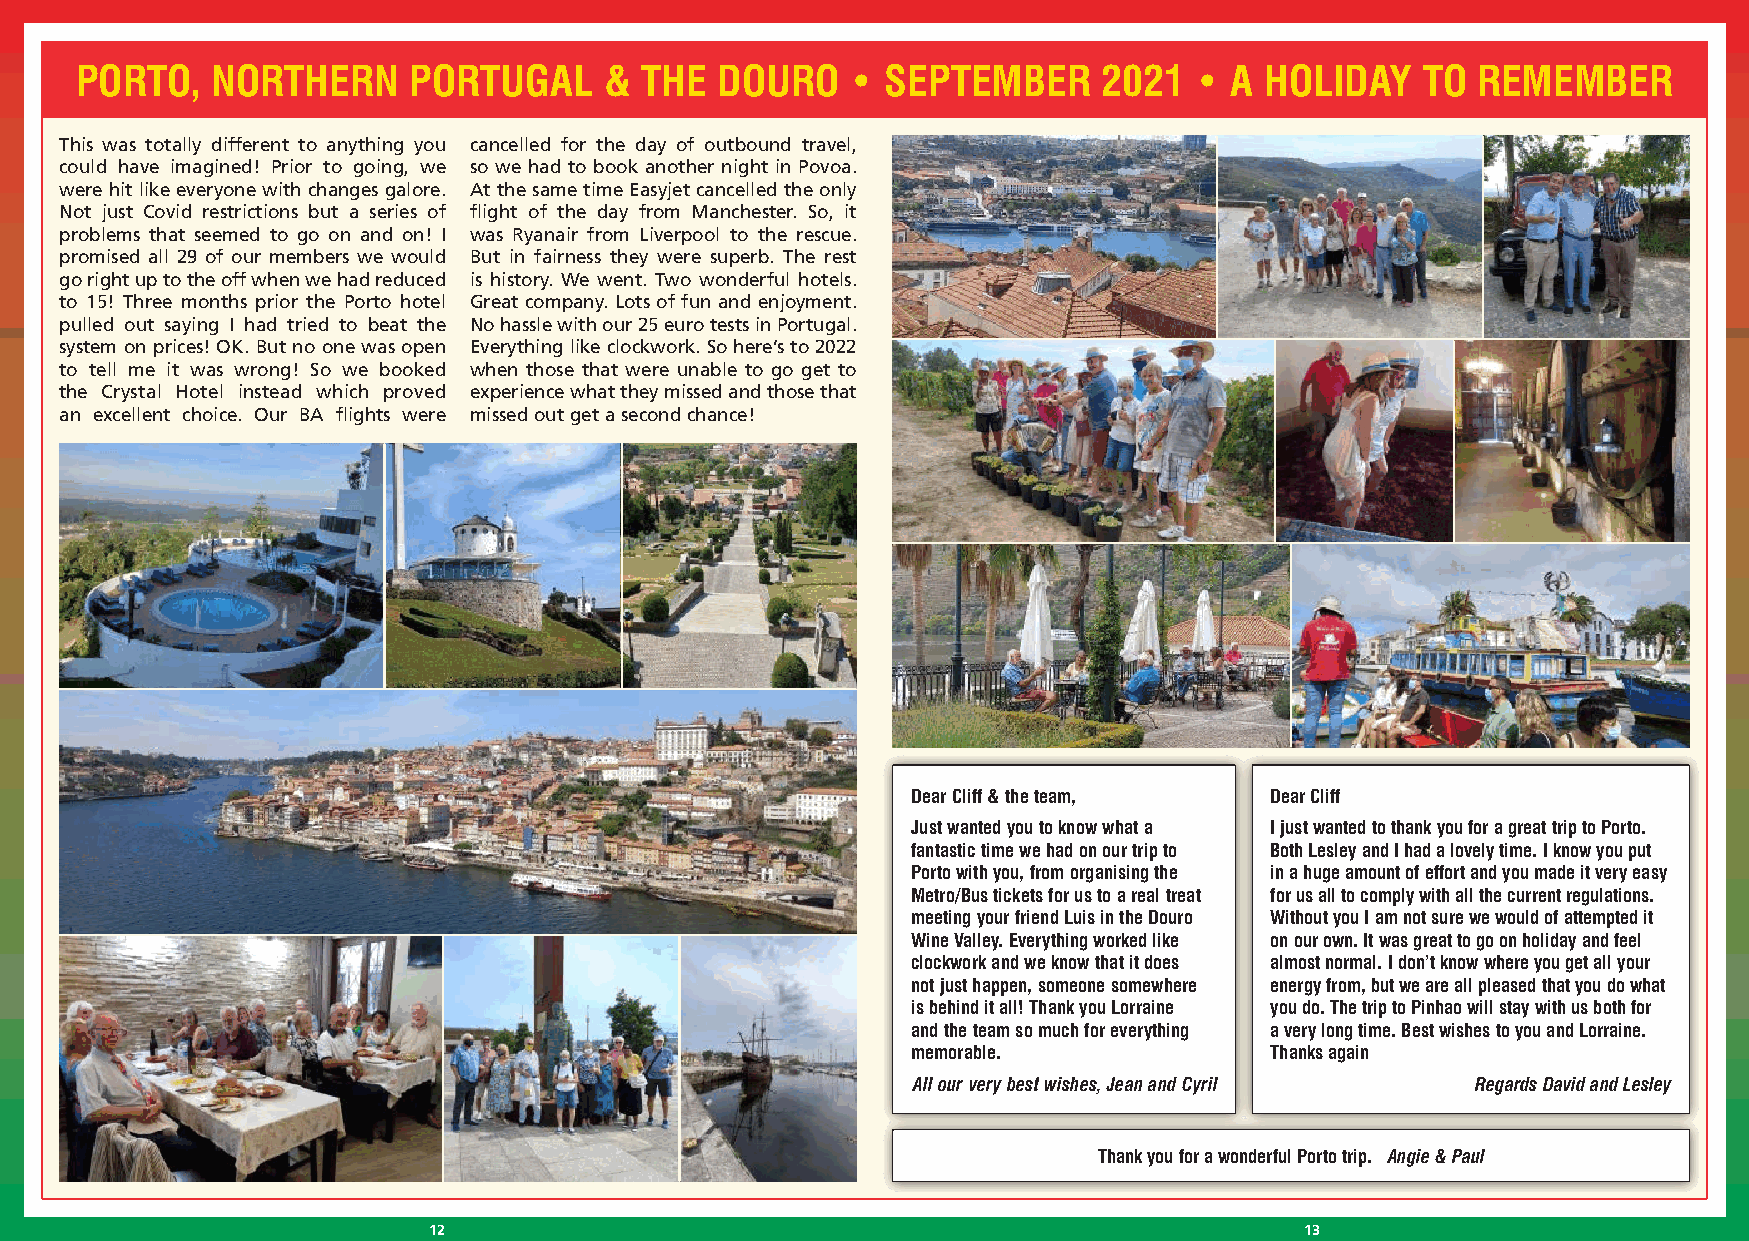
PORTO,   NORTHERN     PORTUGAL     & THE  DOURO    •  SEPTEMBER     2021  • A  HOLIDAY   TO  REMEMBER
 This was totally different to anything you cancelled for the day of outbound travel,
 could have imagined! Prior to going, we so we had to book another night in Povoa.
 were hit like everyone with changes galore. At the same time Easyjet cancelled the only
 Not just Covid restrictions but a series of flight of the day from Manchester. So, it
 problems that seemed to go on and on! I was Ryanair from Liverpool to the rescue.
 promised all 29 of our members we would But in fairness they were superb. The rest
 go right up to the off when we had reduced is history. We went. Two wonderful hotels.
 to 15! Three months prior the Porto hotel Great company. Lots of fun and enjoyment.
 pulled out saying I had tried to beat the No hassle with our 25 euro tests in Portugal.
 system on prices! OK. But no one was open Everything like clockwork. So here’s to 2022
 to tell me it was wrong! So we booked when those that were unable to go get to
 the Crystal Hotel instead which proved experience what they missed and those that
 an excellent choice. Our BA flights were missed out get a second chance!
 Dear Cliff & the team,  Dear Cliff
 Just wanted you to know what a I just wanted to thank you for a great trip to Porto.
 fantastic time we had on our trip to Both Lesley and I had a lovely time. I know you put
 Porto with you, from organising the in a huge amount of effort and you made it very easy
 Metro/Bus tickets for us to a real treat for us all to comply with all the current regulations.
 meeting your friend Luis in the Douro Without you I am not sure we would of attempted it
 Wine Valley. Everything worked like on our own. It was great to go on holiday and feel
 clockwork and we know that it does almost normal. I don’t know where you get all your
 not just happen, someone somewhere energy from, but we are all pleased that you do what
 is behind it all! Thank you Lorraine you do. The trip to Pinhao will stay with us both for
 and the team so much for everything a very long time. Best wishes to you and Lorraine.
 memorable.              Thanks again
 All our very best wishes, Jean and Cyril Regards David and Lesley
 Thank you for a wonderful Porto trip. Angie & Paul
 12                                                        13